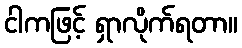
ငါကဖြင့် ရှာလိုက်ရတာ။